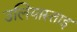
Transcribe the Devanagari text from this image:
उलियास्ताइ